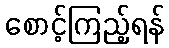
စောင့်ကြည့်ရန်